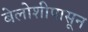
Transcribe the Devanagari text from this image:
बेलोशीपासून